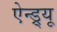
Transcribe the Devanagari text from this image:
ऐन्ड्र्यू